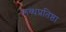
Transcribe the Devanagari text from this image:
लब्धप्रतिष्ठा